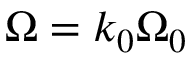
\Omega = k _ { 0 } \Omega _ { 0 }